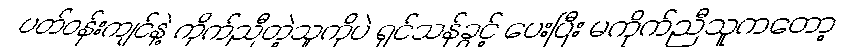
ပတ်ဝန်းကျင်နဲ့ ကိုက်ညီတဲ့သူကိုပဲ ရှင်သန်ခွင့် ပေးပြီး မကိုက်ညီသူကတော့